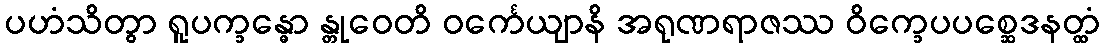
ပဟံသိတွာ ရူပက္ခန္ဓော န္တုဝေတိ ဝင်္ကေယျာနိ အရုဏရာဇဿ ဝိက္ခေပပစ္ဆေဒနတ္ထံ